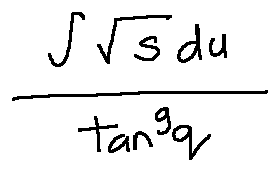
\frac { \int \sqrt { s } d u } { \tan ^ { g } q }